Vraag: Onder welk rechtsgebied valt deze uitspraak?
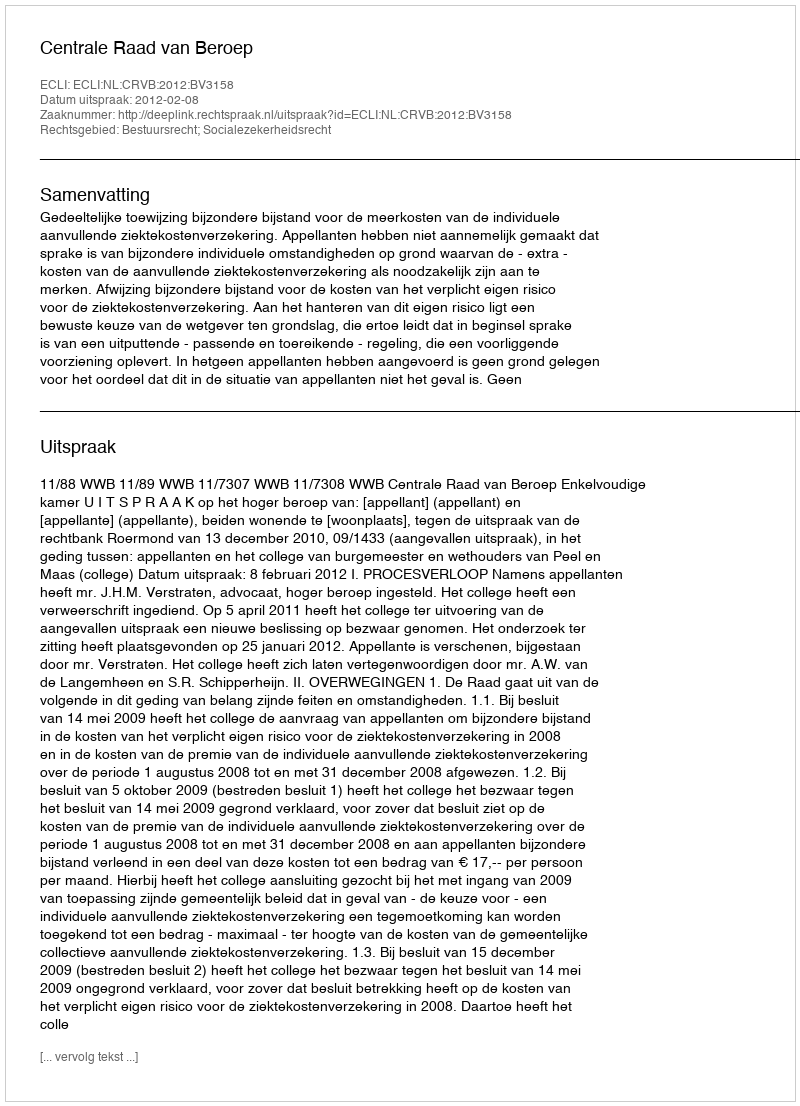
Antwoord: Bestuursrecht; Socialezekerheidsrecht